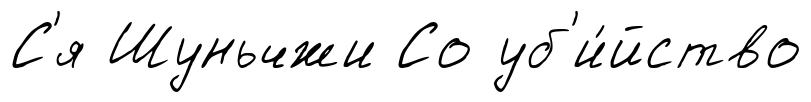
С'я Шуньчжи Со уб'и́йство